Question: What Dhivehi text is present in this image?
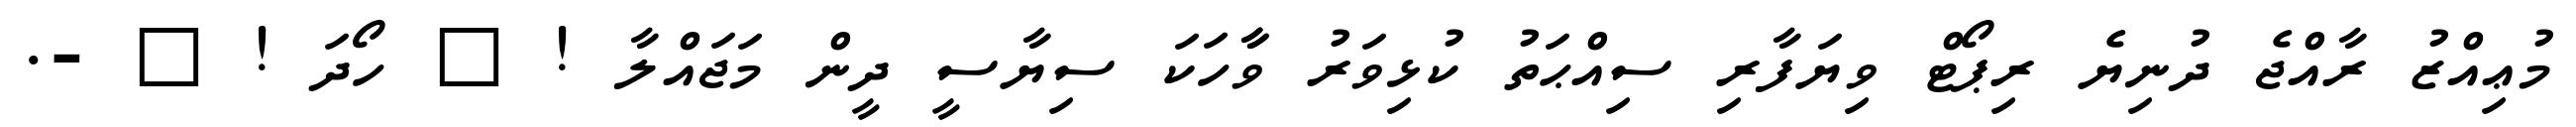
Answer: މުޢިއްޒު ރާއްޖެ ދުނިޔެ ރިޕޯޓް ވިޔަފާރި ސިއްޙަތު ކުޅިވަރު ވާާހަކަ ސިޔާސީ ދީން މަޖައްލާ ! ? ހޯދަ ! ? -.